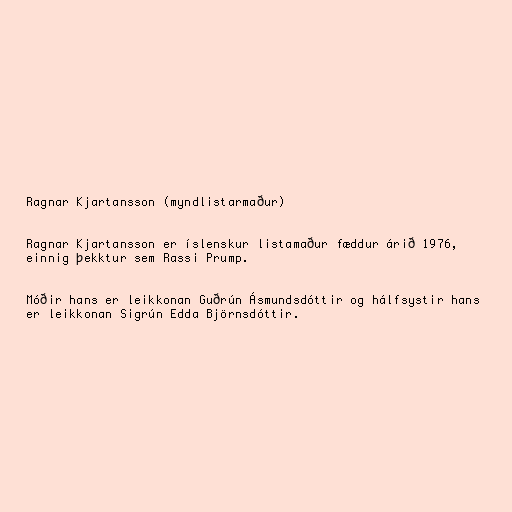
Ragnar Kjartansson (myndlistarmaður)

Ragnar Kjartansson er íslenskur listamaður fæddur árið 1976,
einnig þekktur sem Rassi Prump.

Móðir hans er leikkonan Guðrún Ásmundsdóttir og hálfsystir hans
er leikkonan Sigrún Edda Björnsdóttir.